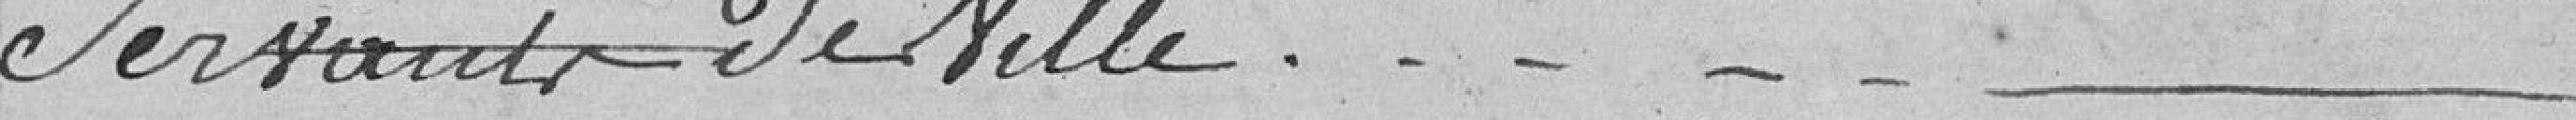
servants de ville